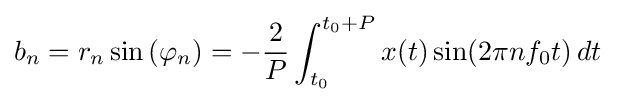
b_{n}=r_{n}\sin \left(\varphi _{n}\right)=-{\frac {2}{P}}\int _{t_{0}}^{t_{0}+P}x(t)\sin(2\pi nf_{0}t)\,dt\